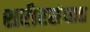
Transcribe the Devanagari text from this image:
शरीरसंघात